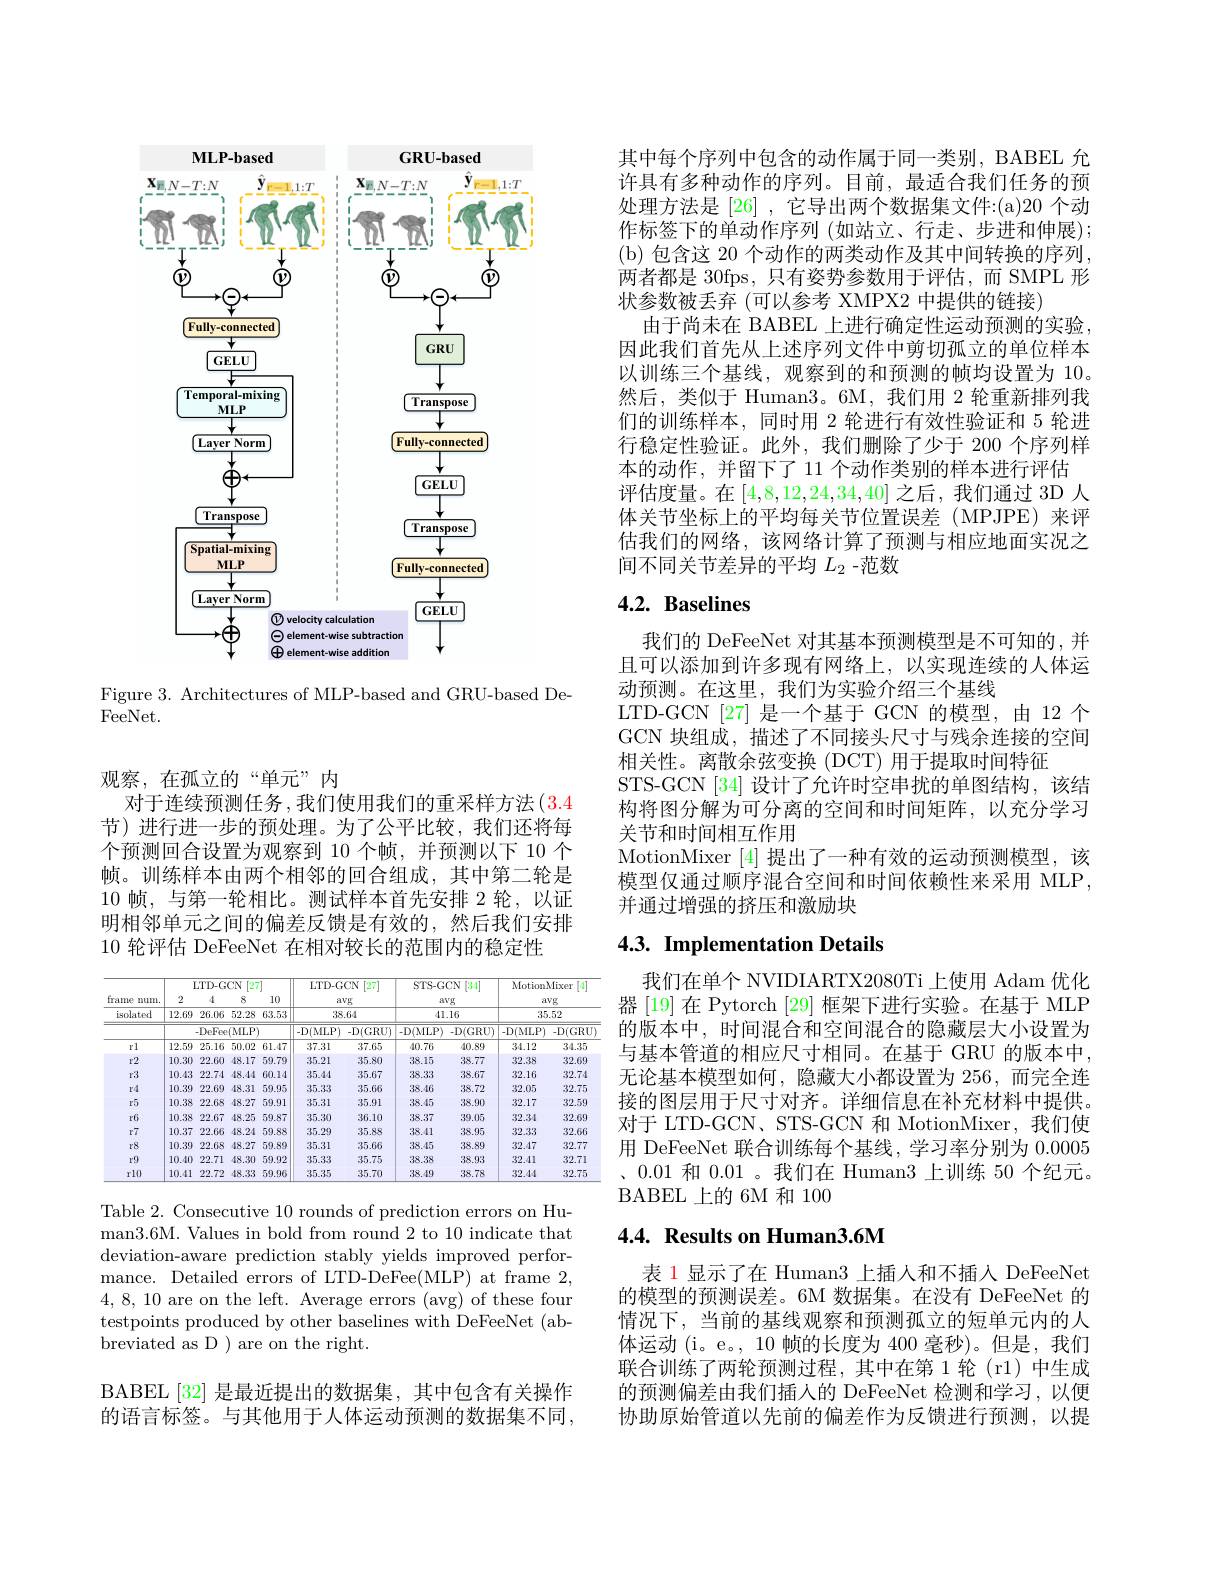
<FigureHere>

Figure 3. Architectures of MLP-based and GRU-based De-
FeeNet.

观察，在孤立的“单元”内
对于连续预测任务 ,我们使用我们的重采样方法(3.4节)进行进一步的预处理。为了公平比较，我们还将每个预测回合设置为观察到 10 个帧，并预测以下 10 个帧。训练样本由两个相邻的回合组成，其中第二轮是10帧，与第一轮相比。测试样本首先安排 2 轮，以证明相邻单元之间的偏差反馈是有效的，然后我们安排10 轮评估 DeFeeNet 在相对较长的范围内的稳定性

<table>
	<tbody>
		<tr>
			<th rowspan="4">frame mum. isolated</th>
			<th colspan="4">LTD- GCN [27]</th>
			<th colspan="6">LTD- GCN [27] avg 38.64</th>
			<th colspan="6">STS-GCN [3/1] avg 41.16</th>
			<th colspan="6">MotionMixer $\begin{bmatrix}4\\1\end{bmatrix}$ avg 35.52</th>
		</tr>
		<tr>
			<th rowspan="3">2 12.69</th>
			<th rowspan="2">26.06 -DeFee</th>
			<th rowspan="3">52.28 $(\mathrm{MLP}^{\circ}$</th>
			<th>10</th>
		</tr>
		<tr>
			<th>63.53</th>
		</tr>
		<tr>
			<th rowspan="1">$.\Pi_{\mathrm{P}}$</th>
			<th> </th>
			<th>$- D($MLP)</th>
			<th>$-D(GRU)$</th>
			<th>$- D($MLP)</th>
			<th>$-D(GRU)$</th>
			<th>$- D($MLP)</th>
			<th>$-D(GRU$</th>
		</tr>
		<tr>
			<td>rl</td>
			<td>12.59</td>
			<td>25.16</td>
			<td>50.02</td>
			<td>61.47</td>
			<td>37.31</td>
			<td>37.65</td>
			<td>40.76</td>
			<td>40.89</td>
			<td>34.12</td>
			<td>34.35</td>
		</tr>
		<tr>
			<td>$r2$</td>
			<td>10.30</td>
			<td>22.60</td>
			<td>48.17</td>
			<td>59.79</td>
			<td>35.21</td>
			<td>35.80</td>
			<td>38.15</td>
			<td>38.77</td>
			<td>32.38</td>
			<td>32.69</td>
		</tr>
		<tr>
			<td>$r3$</td>
			<td>10.43</td>
			<td>22.74</td>
			<td>48.44</td>
			<td>60.14</td>
			<td>35.44</td>
			<td>35.67</td>
			<td>38.33</td>
			<td>38.67</td>
			<td>32.16</td>
			<td>32.74</td>
		</tr>
		<tr>
			<td>r4</td>
			<td>10.39</td>
			<td>22.69</td>
			<td>48.31</td>
			<td>59.95</td>
			<td>35.33</td>
			<td>35.66</td>
			<td>38.46</td>
			<td>38.72</td>
			<td>32.05</td>
			<td>32.75</td>
		</tr>
		<tr>
			<td>$r5$</td>
			<td>10.38</td>
			<td>22.68</td>
			<td>48.27</td>
			<td>59.91</td>
			<td>35.31</td>
			<td>35.91</td>
			<td>38.45</td>
			<td>38.90</td>
			<td>32.17</td>
			<td>32.59</td>
		</tr>
		<tr>
			<td>r6</td>
			<td>10.38</td>
			<td>22.67</td>
			<td>48.25</td>
			<td>59.87</td>
			<td>35.30</td>
			<td>36.10</td>
			<td>38.37</td>
			<td>39.05</td>
			<td>32.34</td>
			<td>32.69</td>
		</tr>
		<tr>
			<td>$r7$</td>
			<td>10.37</td>
			<td>22.66</td>
			<td>48.24</td>
			<td>59.88</td>
			<td>35.29</td>
			<td>35.88</td>
			<td>38.41</td>
			<td>38.95</td>
			<td>32.33</td>
			<td>32.66</td>
		</tr>
		<tr>
			<td>r8</td>
			<td>10.39</td>
			<td>22.68</td>
			<td>48.27</td>
			<td>59.89</td>
			<td>35.31</td>
			<td>35.66</td>
			<td>38.45</td>
			<td>38.89</td>
			<td>32.47</td>
			<td>32.77</td>
		</tr>
		<tr>
			<td>$r9$</td>
			<td>10.40</td>
			<td>22.71</td>
			<td>48.30</td>
			<td>59.92</td>
			<td>35.33</td>
			<td>35.75</td>
			<td>38.38</td>
			<td>38.93</td>
			<td>32.41</td>
			<td>32.71</td>
		</tr>
		<tr>
			<td>rl0</td>
			<td>10.41</td>
			<td>22.72</td>
			<td>48.33</td>
			<td>59.96</td>
			<td>35.35</td>
			<td>35.70</td>
			<td>38.49</td>
			<td>38.78</td>
			<td>32.44</td>
			<td>32.75</td>
		</tr>
	</tbody>
</table>

Table 2. Consecutive 10 rounds of prediction errors on Human3.6M. Values in bold from round 2 to 10 indicate that deviation-aware prediction stably yields improved performance. Detailed errors of LTD-DeFee(MLP) at frame 2, 4,8,10 are on the left. Average errors (avg) of these four testpoints produced by other baselines with DeFeeNet (abbreviated as D ) are on the right.

BABEL[32] 是最近提出的数据集，其中包含有关操作的语言标签。与其他用于人体运动预测的数据集不同，

其中每个序列中包含的动作属于同一类别，BABEL 允许具有多种动作的序列。目前，最适合我们任务的预处理方法是 [26] , 它导出两个数据集文件：(a)20 个动作标签下的单动作序列 (如站立、行走、步进和伸展); (b) 包含这 20 个动作的两类动作及其中间转换的序列， 两者都是 30fps, 只有姿势参数用于评估，而 SMPL 形状参数被丢弃 (可以参考 XMPX2 中提供的链接)
由于尚未在 BABEL 上进行确定性运动预测的实验， 因此我们首先从上述序列文件中剪切孤立的单位样本以训练三个基线，观察到的和预测的帧均设置为 10。然后，类似于 Human3。6M,我们用 2 轮重新排列我们的训练样本，同时用 2 轮进行有效性验证和 5 轮进行稳定性验证。此外，我们删除了少于 200 个序列样本的动作，并留下了 11 个动作类别的样本进行评估
评估度量。在[4,8,12,24,34,40]之后，我们通过 3D 人体关节坐标上的平均每关节位置误差(MPJPE)来评估我们的网络，该网络计算了预测与相应地面实况之间不同关节差异的平均$L_{2}$ -范数

# $4. 2. \textbf{ Baselines}$

我们的 DeFeeNet 对其基本预测模型是不可知的，并且可以添加到许多现有网络上，以实现连续的人体运动预测。在这里，我们为实验介绍三个基线
LTD-GCN [27] 是一个基于 GCN 的模型，由 12 个GCN 块组成，描述了不同接头尺寸与残余连接的空间相关性。离散余弦变换(DCT)用于提取时间特征
STS-GCN [34] 设计了允许时空串扰的单图结构，该结构将图分解为可分离的空间和时间矩阵，以充分学习关节和时间相互作用
MotionMixer [4]提出了一种有效的运动预测模型，该模型仅通过顺序混合空间和时间依赖性来采用 MLP, 并通过增强的挤压和激励块

# 4.3. Implementation Details

我们在单个 NVIDIARTX2080Ti 上使用 Adam 优化器 [19] 在 Pytorch [29] 框架下进行实验。在基于 MLP 的版本中，时间混合和空间混合的隐藏层大小设置为与基本管道的相应尺寸相同。在基于 GRU 的版本中， 无论基本模型如何，隐藏大小都设置为 256,而完全连接的图层用于尺寸对齐。详细信息在补充材料中提供。对于 LTD-GCN、STS-GCN 和 MotionMixer,我们使用 DeFeeNet 联合训练每个基线，学习率分别为0.0005 、0.01和0.01 。我们在 Human3 上训练 50 个纪元。BABEL 上的 6M 和 100

# 4.4. Results on Human3.6M

表 1 显示了在 Human3 上插人和不插人 DeFeeNet 的模型的预测误差。6M 数据集。在没有 DeFeeNet 的情况下，当前的基线观察和预测孤立的短单元内的人体运动 (i。e。, 10 帧的长度为 400 毫秒)。但是，我们联合训练了两轮预测过程，其中在第 1 轮(r1)中生成的预测偏差由我们插人的 DeFeeNet 检测和学习，以便协助原始管道以先前的偏差作为反馈进行预测，以提